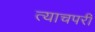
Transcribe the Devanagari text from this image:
त्याचपरी